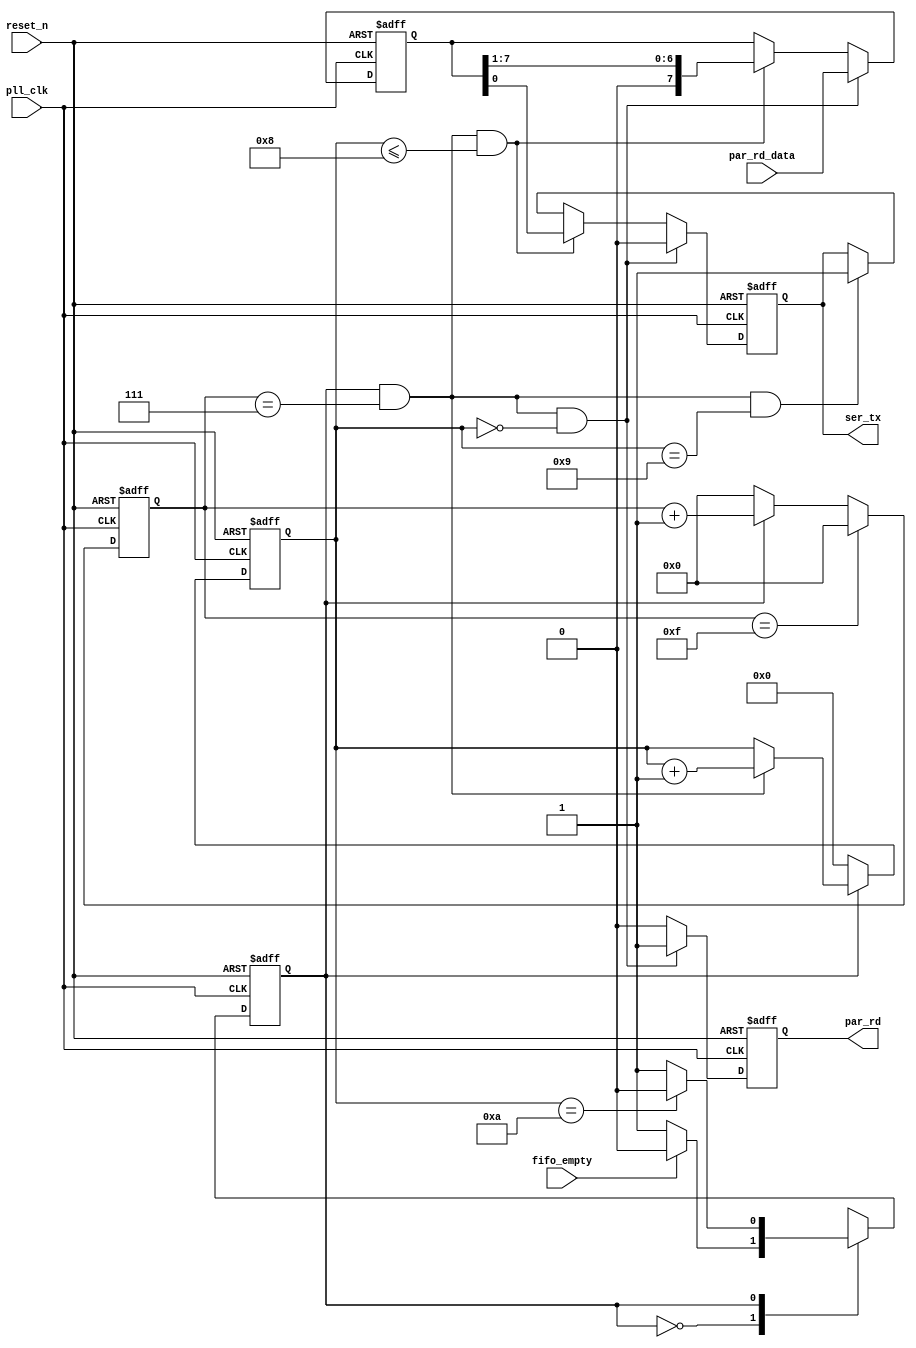
module uart_tx(
				input pll_clk,
				input reset_n,
				input fifo_empty,
				input [7:0] par_rd_data,
				output ser_tx,
				output par_rd
			);


			
reg state; 
reg [4:0] cnt5;
reg [3:0] bit_cnt;
reg [7:0] par_rd_data_r;
reg par_rd_r;
reg ser_tx_r;

assign ser_tx = ser_tx_r;
assign par_rd = par_rd_r;


//----------------------------------------------------------------
always@(posedge pll_clk or negedge reset_n) 
begin
	if(!reset_n)
		state <= 1'd0;
	else
	begin
		case(state)
			1'd0:
				begin
					if(!fifo_empty)
						state <= 1'd1;
					else 
						state <= 1'd0;
				end
			1'd1:
				begin
					if(bit_cnt == 4'd10)
						state <= 1'd0;
					else 
						state <= 1'd1;
				end
			default:state <= 1'd0;
		endcase
	end
end
//======================================================================================================//
always@(posedge pll_clk or negedge reset_n)
begin
	if(!reset_n)
		cnt5 <= 5'd0;
	else if(cnt5 == 5'd15)
		cnt5 <= 5'd0;
	else if(state == 1'd0)
		cnt5 <= 5'd0;
	else
		cnt5 <= cnt5 + 1'b1;
end
//======================================================================================================//
always@(posedge pll_clk or negedge reset_n)
begin
	if(!reset_n)
		bit_cnt <= 4'd0;
	else if(state == 1'd0)
		bit_cnt <= 4'd0;
	else if((state == 1'd1) && (cnt5 == 5'd7))
		bit_cnt <= bit_cnt + 1'b1;
end
//======================================================================================================//
always@(posedge pll_clk or negedge reset_n)
begin
	if(!reset_n)
		ser_tx_r <= 1'd1;
	else if((state == 1'd1) && (cnt5 == 5'd7) && (bit_cnt == 4'd0))
		ser_tx_r <= 1'd0;
	else if((state == 1'd1) && (cnt5 == 5'd7) && (bit_cnt <= 4'd8))
		ser_tx_r <= par_rd_data_r[0];
	else if((state == 1'd1) && (cnt5 == 5'd7) && (bit_cnt == 4'd9))
		ser_tx_r <= 1'd1;
end
//======================================================================================================//
always@(posedge pll_clk or negedge reset_n)
begin
	if(!reset_n)
		par_rd_data_r <= 8'd0;
	else if((state == 1'd1) && (cnt5 == 5'd7) && (bit_cnt == 4'd0))
		par_rd_data_r <= par_rd_data;
	else if((state == 1'd1) && (cnt5 == 5'd7) && (bit_cnt <= 4'd8))
		par_rd_data_r <= (par_rd_data_r >> 1'b1);
end
//======================================================================================================//
always@(posedge pll_clk or negedge reset_n)
begin
	if(!reset_n)
		par_rd_r <= 1'd0;
	else if((state == 1'd1) && (cnt5 == 5'd7) && (bit_cnt == 4'd0))
		par_rd_r <= 1'd1;
	else
		par_rd_r <= 1'd0;
end
//======================================================================================================//
endmodule